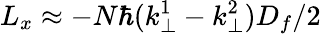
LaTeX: L_{x}\approx-N\hbar(k_{\perp}^{1}-k_{\perp}^{2})D_{f}/2